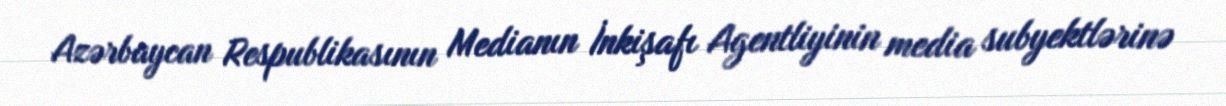
Azərbaycan Respublikasının Medianın İnkişafı Agentliyinin media subyektlərinə